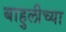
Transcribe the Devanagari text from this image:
बाहुलीच्या